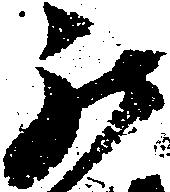
罷